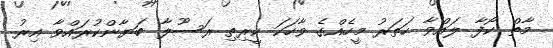
މާތް ކޯފާ ލައްވާ ހަތަރު މީހެއްގެ ވާހަކަ ކީރިތި ރަސޫލާ ބަޔާންކުރައްވާ އިރު